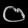
Digit: ၀